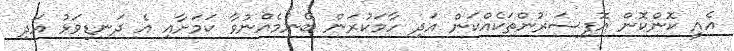
އެއީ ކޮންކޮން އޮފިސަރުންތަކެއްކަން އަދި ހާމަކުރަން ބޭނުމެއްނުވާ ކަމަށާއި އެ ދަނޑިވަޅު އަދި